system: You are a helpful assistant.
user:
Analyze the provided spectrum to determine if it is a **M-type Giant (gM)**.

A M-type Giant spectrum is defined by its **strong molecular absorption** features, particularly from **Titanium Oxide (TiO)**. You must check for one of the following mutually exclusive signatures:

- **Key Visual Indicators (Absorption-Dominated Spectrum):**

    - **(Primary):** The spectrum is dominated by strong molecular absorption from **Titanium Oxide (TiO)**. This is the **defining feature** of its M-type temperature class.
        - **(Key Bandheads):** Look for sharp, "saw-tooth" absorption valleys. The strongest are located near **~7050 Å**, **~6160 Å**, and **~5170 Å**.
        - **(Line Profile):** The "saw-tooth" morphology is critical: a **sharp, steep drop on the BLUE (short-wavelength) side** of the bandhead, followed by a gradual recovery (rising flux) towards the RED (long-wavelength) side.

    - **(Key Confirmation - Giant vs. Dwarf):** **ABSENCE** of strong **Calcium Hydride (CaH)** molecular bands. This is the primary diagnostic for *excluding* M-dwarfs.
        - **(Key Region):** The spectrum should lack the strong, broad absorption band seen in dwarfs between **~6800 Å and ~7000 Å**.

    - **(Secondary Confirmation - Giant):** A very strong and broad **Neutral Calcium (Ca I)** atomic absorption line.
        - **(Key Line):** Located at **~4226 Å**. In a giant (gM), this line is significantly deeper and broader than the same line in an M-dwarf (dM) due to low surface gravity.

    - **(Overall Spectrum):**
        - The continuum is **extremely red-sloping** (i.e., flux is very low in the blue and rises dramatically towards the red).
        - The entire spectrum appears "chopped up" by the deep TiO bands.

Think first, call **spectral_visualization_tool** if needed to examine features in detail, then provide your final answer. Your response must adhere to the following strict rules:
1.  **Overall Structure:** Your response must follow the format `<think>...</think> <tool_call>...</tool_call> (if a tool is used) <answer>...</answer>`.
2.  **Tool Usage Constraint:** You may only make **one** tool call per turn.
3.  **Final Answer Format:** In the `<answer>` tag, your conclusion must be inside a `\boxed{}` command (e.g., `\boxed{YES}` or `\boxed{NO}`), followed by your justification.

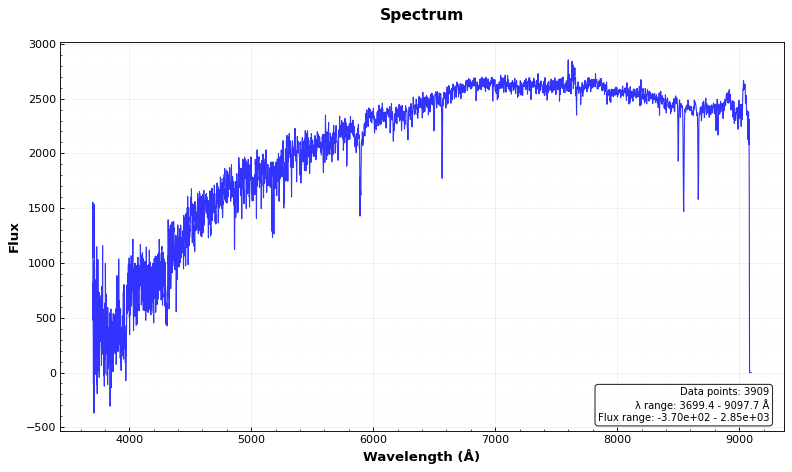
Answer: NO